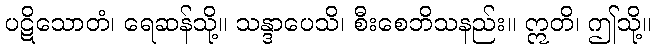
ပဋိသောတံ၊ ရေဆန်သို့။ သန္ဒာပေသိ၊ စီးစေဘိသနည်း။ ဣတိ၊ ဤသို့။